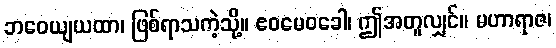
ဘဝေယျယထာ၊ ဖြစ်ရာသကဲ့သို့။ ဧဝမေဝခေါ၊ ဤအတူလျှင်။ မဟာရာဇ၊